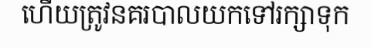
ហើយត្រូវនគរបាលយកទៅរក្សាទុក